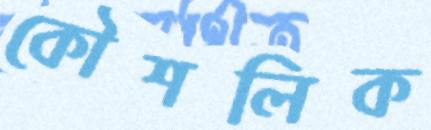
কৌশলিক